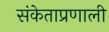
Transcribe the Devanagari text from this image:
संकेताप्रणाली